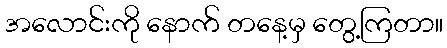
အလောင်းကို နောက် တနေ့မှ တွေ့ကြတာ။